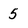
Character: 5